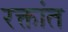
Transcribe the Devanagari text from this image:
रक्तांत